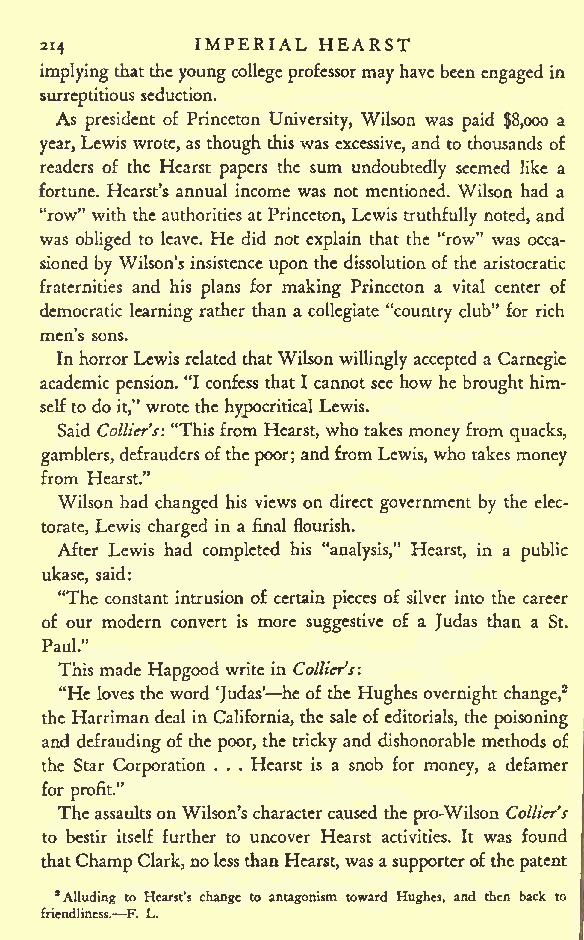
IMPERIAL HEARST
 2i4
 implyingthattheyoungcollegeprofessormayhavebeen engaged in
 surreptitious seduction.
 As president of Princeton University, Wilson was paid $8,000 a
 year,Lewis wrote,as though this was excessive, and to thousands of
 readers of the Hearst papers the sum undoubtedly seemed like a
 fortune. Hearst's annual income was not mentioned. Wilson had a
 "row" with the authorities at Princeton, Lewis truthfully noted, and
 was obliged to leave. He did not explain that the "row" was occa-
 sioned by Wilson's insistence upon the dissolution of the aristocratic
 fraternities and his plans for making Princeton a vital center of
 democratic learning rather than a collegiate "country club" for rich
 men's sons.
 InhorrorLewis related thatWilson willingly accepted a Carnegie
 academic pension. "I confess that I cannot see how he brought him-
 selfto do it," wrotethe hypocritical Lewis.
 Said Collier's: "Thisfrom Hearst, who takes money from quacks,
 gamblers, defraudersofthepoor; andfromLewis, who takes money
 from Hearst."
 Wilson had changed his views on direct government by the elec-
 torate, Lewis charged in a final flourish.
 After Lewis had completed his "analysis," Hearst, in a public
 ukase, said:
 "The constant intrusion of certain pieces of silver into the career
 of our modern convert is more suggestive of a Judas than a St.
 Paul."
 This made Hapgood write in Collier's:
 "He loves the word 'Judas' heof the Hughes overnight change,2
 the Harriman deal in California, the sale of editorials, the poisoning
 and defraudingof the poor, the tricky and dishonorable methods of
 the Star Corporation . . . Hearst is a snob for money, a defamer
 for profit."
 TheassaultsonWilson's charactercaused the pro-Wilson Collier's
 to bestir itself further to uncover Hearst activities. It was found
 thatChampClark,nolessthanHearst,wasasupporterofthepatent
 "Alluding to Hearst's change to antagonism toward Hughes, and then back to
 friendliness. F. L.